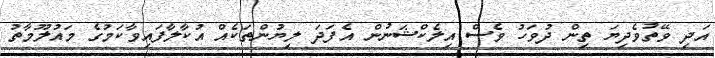
އަދި ވޭތުވެދިޔަ ތިން ދުވަހު ވެސް އިލެކްޝަނުން އެފަދަ ލިޔުންތަކެއް އުކާލާފައިވާކަމުގެ މައުލޫމާތު